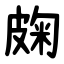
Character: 龾